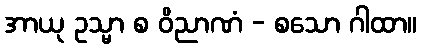
အာယု ဥသ္မာ စ ဝိညာဏံ - စသော ဂါထာ။